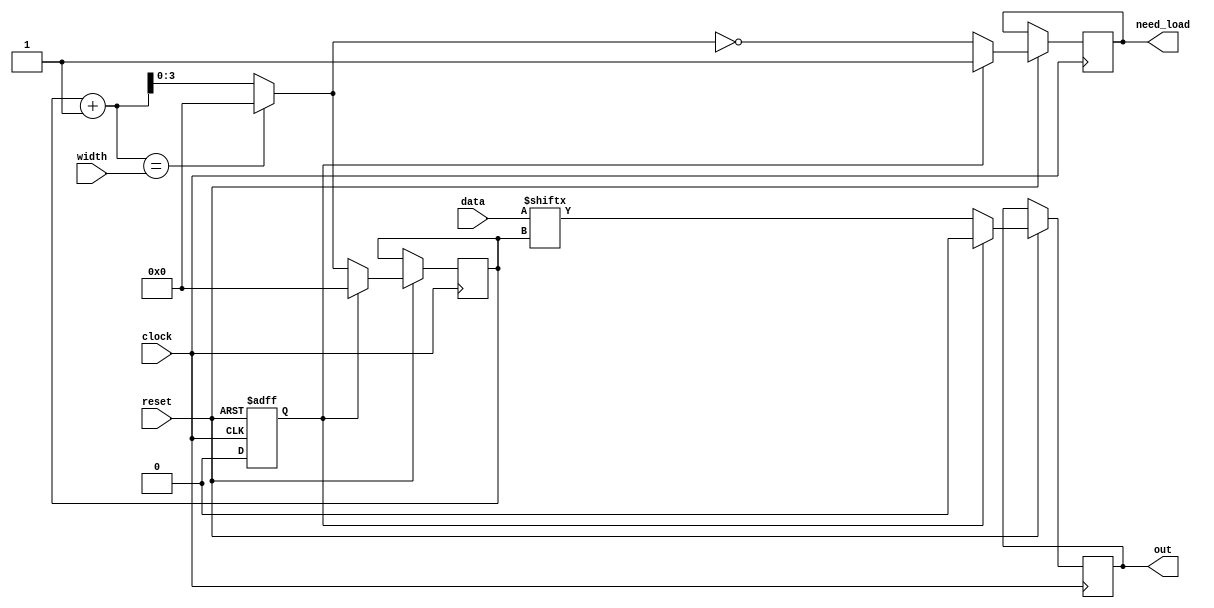

module parallel_to_serial(
    reset,
    clock,
    width,
    data,
    need_load,
    out
);
    parameter                   max_width   = 16;
    parameter                   bits        = 
        max_width <   1 ? -1:
        max_width <=  2 ?  0:
        max_width <=  4 ?  1:
        max_width <=  8 ?  2:
        max_width <= 16 ?  3:
        max_width <= 32 ?  4:
        max_width <= 64 ?  5: -1;

    input                       reset;
    input                       clock;
    input       [bits:0]        width;
    input       [max_width:0]   data;
    output reg                  need_load   = 1;
    output reg                  out         = 0;

    reg                         need_reset  = 0;

    (* KEEP="TRUE"*)
    reg         [bits:0]        i           = 0;

always @ (negedge reset or posedge clock) begin
    if (reset == 0) begin
        need_reset  = 1;
    end else if (need_reset) begin
        need_load   = 1;
        out         = 0;
        need_reset  = 0;
        i           = 0;
    end else begin
        out         = data[i];
        i           = i + 1/*norrow & overflow*/ == width ? 0 : i + 1;
        need_load   = i == 0;
    end
end
endmodule